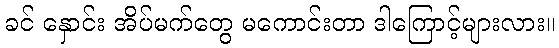
ခင် နှောင်း အိပ်မက်တွေ မကောင်းတာ ဒါကြောင့်များလား။